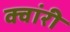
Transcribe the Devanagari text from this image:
क्वांरी